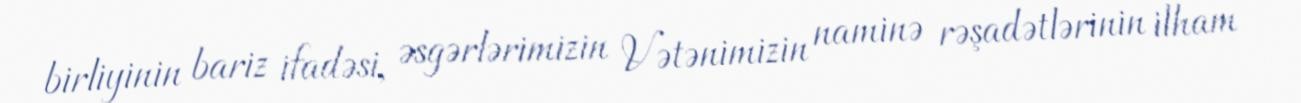
birliyinin bariz ifadəsi, əsgərlərimizin Vətənimizin naminə rəşadətlərinin ilham